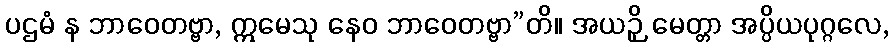
ပဌမံ န ဘာဝေတဗ္ဗာ, ဣမေသု နေဝ ဘာဝေတဗ္ဗာ”တိ။ အယဉှိ မေတ္တာ အပ္ပိယပုဂ္ဂလေ,